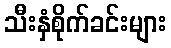
သီးနှံစိုက်ခင်းများ